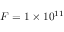
F = 1 \times 1 0 ^ { 1 1 }